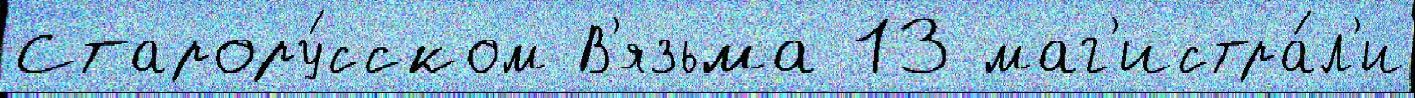
Старору́сском В'язьма 13 маг'истра́л'и